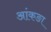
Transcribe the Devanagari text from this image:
आंकङा